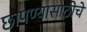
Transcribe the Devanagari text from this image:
छापण्यासाठीचे